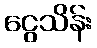
ငွေသိန်း